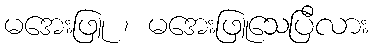
မအေးဖြူ ၊ မအေးဖြူသေပြီလား